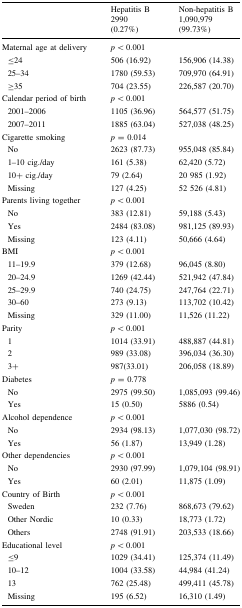
<table><thead><tr><td></td><td><b>Hepatitis B2990(0.27%)</b></td><td><b>Non-hepatitis B1,090,979(99.73%)</b></td></tr></thead><tbody><tr><td>Maternal age at delivery</td><td><i>p</i> &lt; 0.001</td><td></td></tr><tr><td> ≤24</td><td>506 (16.92)</td><td>156,906 (14.38)</td></tr><tr><td> 25–34</td><td>1780 (59.53)</td><td>709,970 (64.91)</td></tr><tr><td> ≥35</td><td>704 (23.55)</td><td>226,587 (20.70)</td></tr><tr><td>Calendar period of birth</td><td><i>p</i> &lt; 0.001</td><td></td></tr><tr><td> 2001–2006</td><td>1105 (36.96)</td><td>564,577 (51.75)</td></tr><tr><td> 2007–2011</td><td>1885 (63.04)</td><td>527,038 (48.25)</td></tr><tr><td>Cigarette smoking</td><td><i>p</i> = 0.014</td><td></td></tr><tr><td> No</td><td>2623 (87.73)</td><td>955,048 (85.84)</td></tr><tr><td> 1–10 cig./day</td><td>161 (5.38)</td><td>62,420 (5.72)</td></tr><tr><td> 10+ cig./day</td><td>79 (2.64)</td><td>20 985 (1.92)</td></tr><tr><td> Missing</td><td>127 (4.25)</td><td>52 526 (4.81)</td></tr><tr><td>Parents living together</td><td><i>p</i> &lt; 0.001</td><td></td></tr><tr><td> No</td><td>383 (12.81)</td><td>59,188 (5.43)</td></tr><tr><td> Yes</td><td>2484 (83.08)</td><td>981,125 (89.93)</td></tr><tr><td> Missing</td><td>123 (4.11)</td><td>50,666 (4.64)</td></tr><tr><td>BMI</td><td><i>p</i> &lt; 0.001</td><td></td></tr><tr><td> 11–19.9</td><td>379 (12.68)</td><td>96,045 (8.80)</td></tr><tr><td> 20–24.9</td><td>1269 (42.44)</td><td>521,942 (47.84)</td></tr><tr><td> 25–29.9</td><td>740 (24.75)</td><td>247,764 (22.71)</td></tr><tr><td> 30–60</td><td>273 (9.13)</td><td>113,702 (10.42)</td></tr><tr><td> Missing</td><td>329 (11.00)</td><td>11,526 (11.22)</td></tr><tr><td>Parity</td><td><i>p</i> &lt; 0.001</td><td></td></tr><tr><td> 1</td><td>1014 (33.91)</td><td>488,887 (44.81)</td></tr><tr><td> 2</td><td>989 (33.08)</td><td>396,034 (36.30)</td></tr><tr><td> 3+</td><td>987(33.01)</td><td>206,058 (18.89)</td></tr><tr><td>Diabetes</td><td><i>p</i> = 0.778</td><td></td></tr><tr><td> No</td><td>2975 (99.50)</td><td>1,085,093 (99.46)</td></tr><tr><td> Yes</td><td>15 (0.50)</td><td>5886 (0.54)</td></tr><tr><td>Alcohol dependence</td><td><i>p</i> &lt; 0.001</td><td></td></tr><tr><td> No</td><td>2934 (98.13)</td><td>1,077,030 (98.72)</td></tr><tr><td> Yes</td><td>56 (1.87)</td><td>13,949 (1.28)</td></tr><tr><td>Other dependencies</td><td><i>p</i> &lt; 0.001</td><td></td></tr><tr><td> No</td><td>2930 (97.99)</td><td>1,079,104 (98.91)</td></tr><tr><td> Yes</td><td>60 (2.01)</td><td>11,875 (1.09)</td></tr><tr><td>Country of Birth</td><td><i>p</i> &lt; 0.001</td><td></td></tr><tr><td> Sweden</td><td>232 (7.76)</td><td>868,673 (79.62)</td></tr><tr><td> Other Nordic</td><td>10 (0.33)</td><td>18,773 (1.72)</td></tr><tr><td> Others</td><td>2748 (91.91)</td><td>203,533 (18.66)</td></tr><tr><td>Educational level</td><td><i>p</i> &lt; 0.001</td><td></td></tr><tr><td> ≤9</td><td>1029 (34.41)</td><td>125,374 (11.49)</td></tr><tr><td> 10–12</td><td>1004 (33.58)</td><td>44,984 (41.24)</td></tr><tr><td> 13</td><td>762 (25.48)</td><td>499,411 (45.78)</td></tr><tr><td> Missing</td><td>195 (6.52)</td><td>16,310 (1.49)</td></tr></tbody></table>